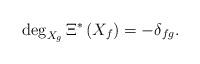
LaTeX: \begin{align*}\deg_{X_g}\Xi^*\left(X_f\right)=-\delta_{fg}.\end{align*}